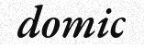
domic